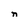
Character: n